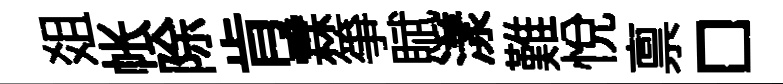
爼帐除肯霖箏賦漾難悅禀□